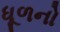
ધૂળનો